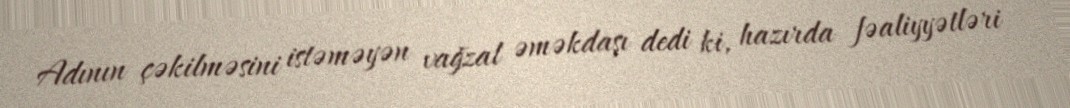
Adının çəkilməsini istəməyən vağzal əməkdaşı dedi ki, hazırda fəaliyyətləri